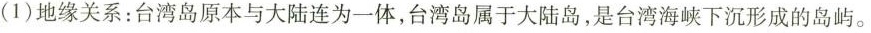
( 1 ) 地缘关系：台湾岛原本与大陆连为一体，台湾岛属于大陆岛，是台湾海峡下沉形成的岛屿。